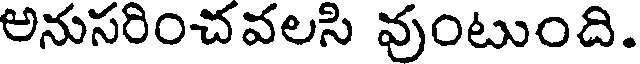
అనుసరించవలసి వుంటుంది.